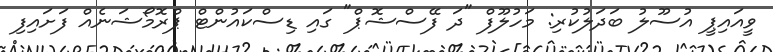
ވީއައިޕީ އުސޫލު ބަދަލުކުރި: މަހުލޫފް "ދަ ފޭސްޝޮޕް" ގައި ޑިސްކައުންޓް ޕްރޮމޯޝަނެއް ފަށައިފި